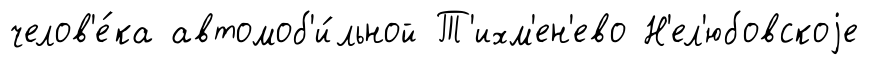
челов'е́ка автомоб'и́льной Т'ихм'ен'ево Н'ел'юбовскоjе